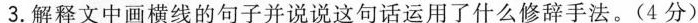
3.解释文中画横线的句子并说说这句话运用了什么修辞手法。(4分)